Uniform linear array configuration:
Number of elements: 32
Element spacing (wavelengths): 0.25
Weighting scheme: exponential
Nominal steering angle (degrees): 15
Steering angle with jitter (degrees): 16.032
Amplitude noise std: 0.05
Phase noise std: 0.05

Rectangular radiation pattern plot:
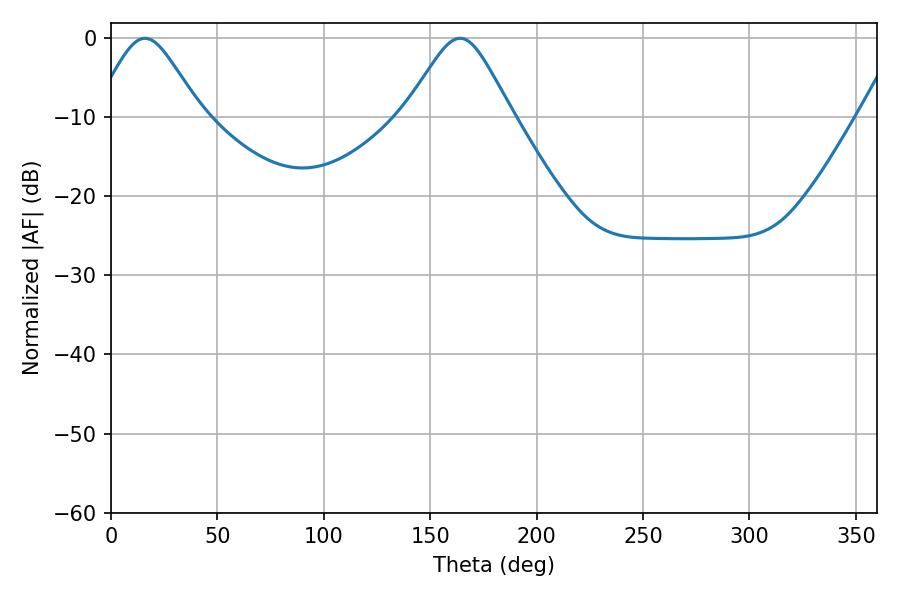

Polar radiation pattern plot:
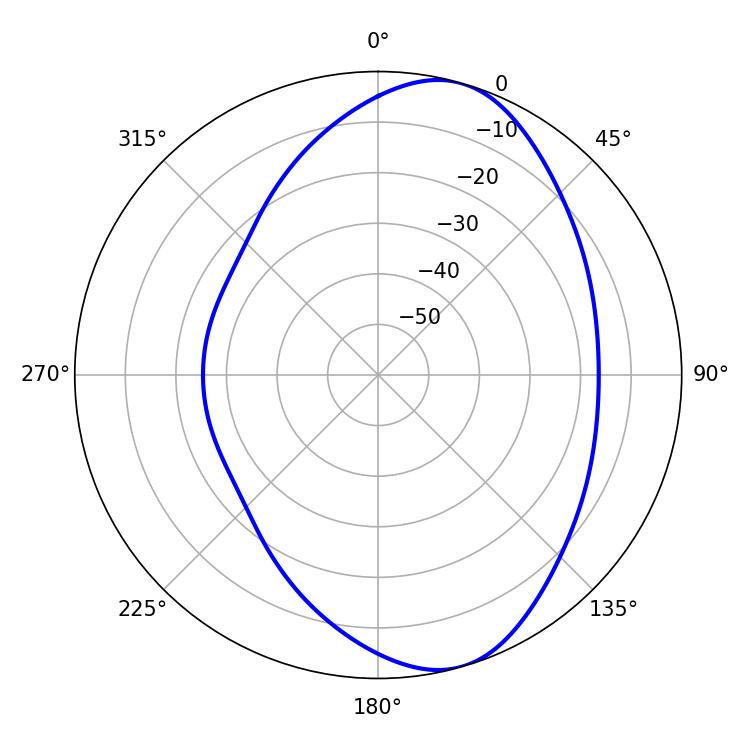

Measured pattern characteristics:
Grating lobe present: FALSE
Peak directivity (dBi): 7.988
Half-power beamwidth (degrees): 24.3
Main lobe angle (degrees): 16.02